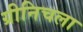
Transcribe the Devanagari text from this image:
ग्रीनिचला